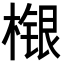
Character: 𣘴